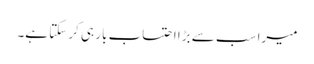
میرا سب سے بڑا احتساب بار ہی کر سکتا ہے۔